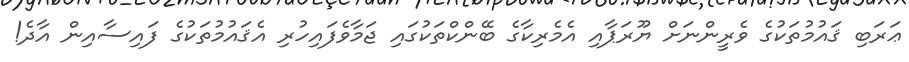
ޢަރަބި ޤައުމުތަކުގެ ވެރީންނަށް ޔޫރަޕާއި އެމެރިކާގެ ބޭންކްތަކުގައި ޖަމާވެފައިހުރި އެޤައުމުތަކުގެ ފައިސާއިން އާދެ!